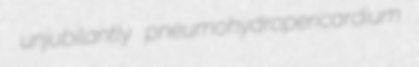
unjubilantly pneumohydropericardium